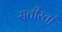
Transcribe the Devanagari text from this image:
सतीस्तां